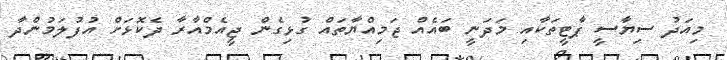
މިއަދު ސިޔާސީ ޕާޓީތަކާއި މަދަނީ ބައެއް ޖަމިއްޔާތައް ގުޅިގެން ޖީއެމްއާރާ ދެކޮޅަށް އުފުލަމުންދާ